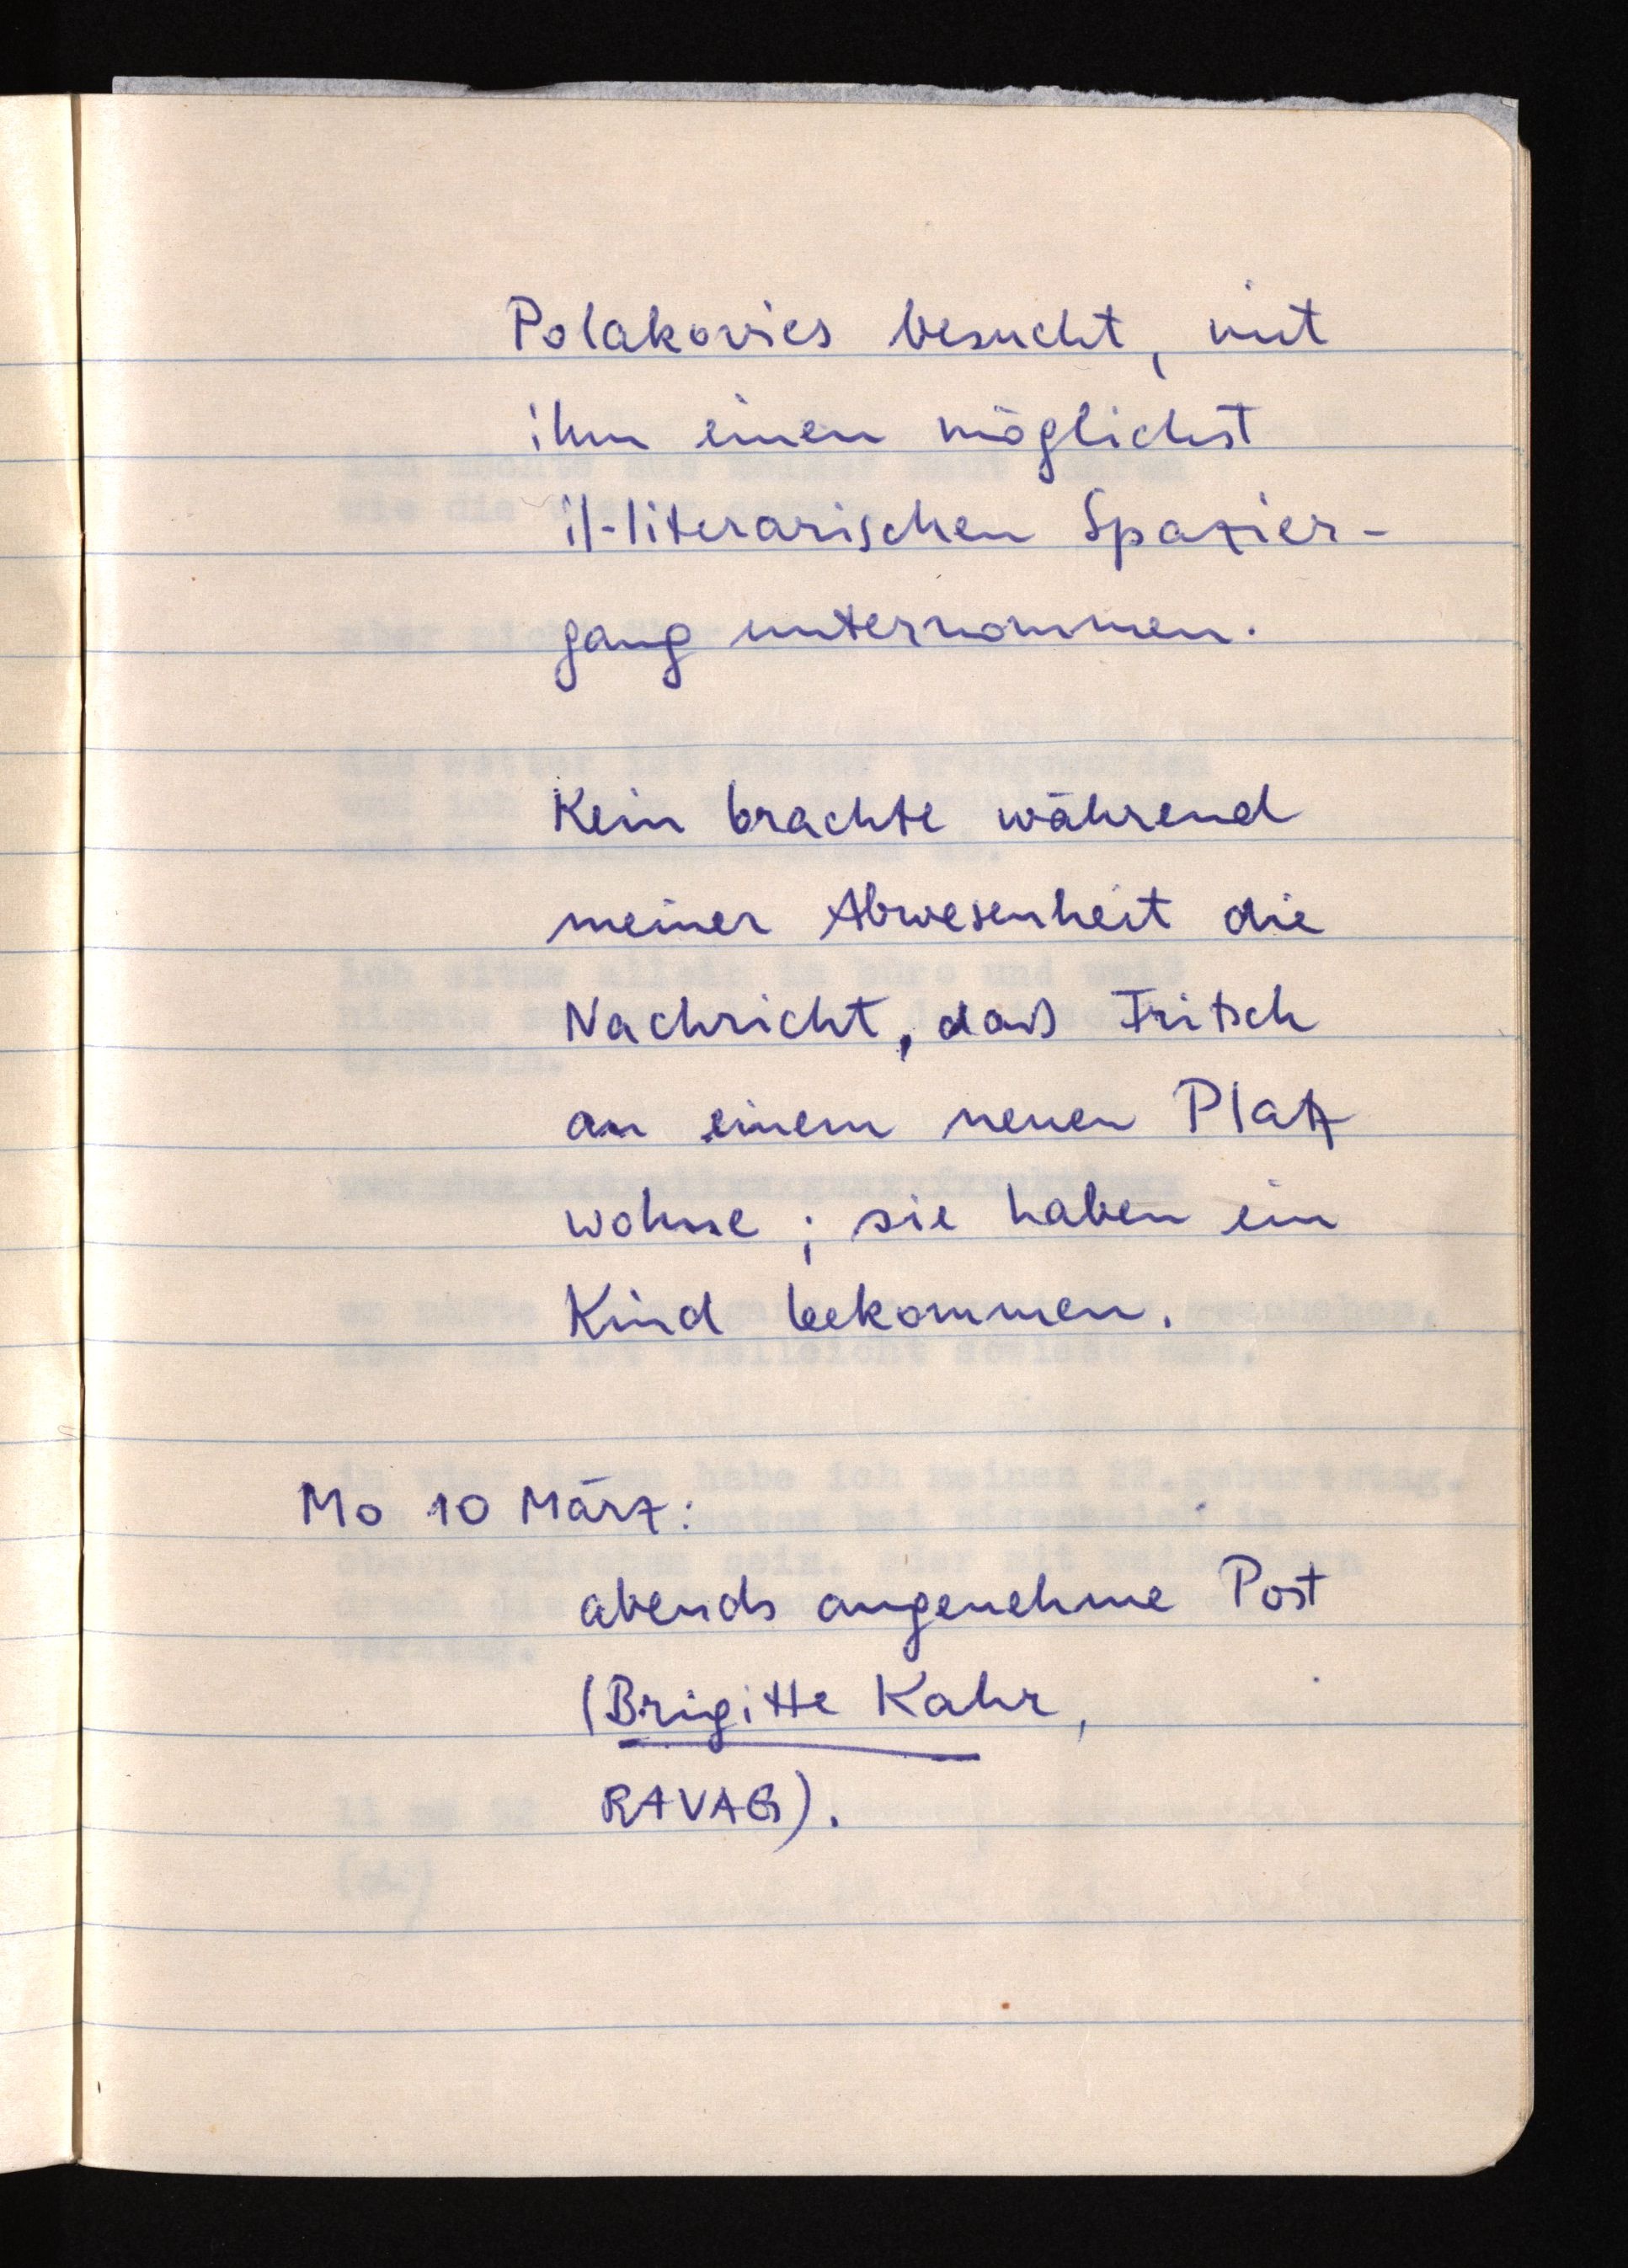
Polakovics besucht, mit
ihm einen möglichst
il-literarischen Spazier¬
gang unternommen.
Kein brachte während
meiner Abwesenheit die
Nachricht, daß Fritsch
an einem neuen Platz
wohne; sie haben ein
Kind bekommen.
Mo 10 März:
abends angenehme Post
(Brigitte Kahr,
RAVAG).